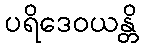
ပရိဒေဝယန္တိ